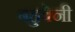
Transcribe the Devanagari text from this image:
बहुवेनी